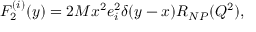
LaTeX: F _ { 2 } ^ { ( i ) } ( y ) = 2 M x ^ { 2 } e _ { i } ^ { 2 } \delta ( y - x ) R _ { N P } ( Q ^ { 2 } ) ,